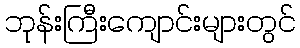
ဘုန်းကြီးကျောင်းများတွင်